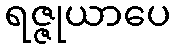
ရဇ္ဇုယာပေ